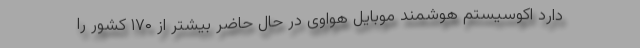
دارد اکوسیستم هوشمند موبایل هواوی در حال حاضر بیشتر از ۱۷۰ کشور را